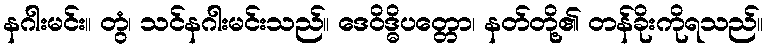
နဂါးမင်း။ တွံ၊ သင်နဂါးမင်းသည်။ ဒေဝိဒ္ဓိပတ္တော၊ နတ်တို့၏ တန်ခိုးကိုရသည်။